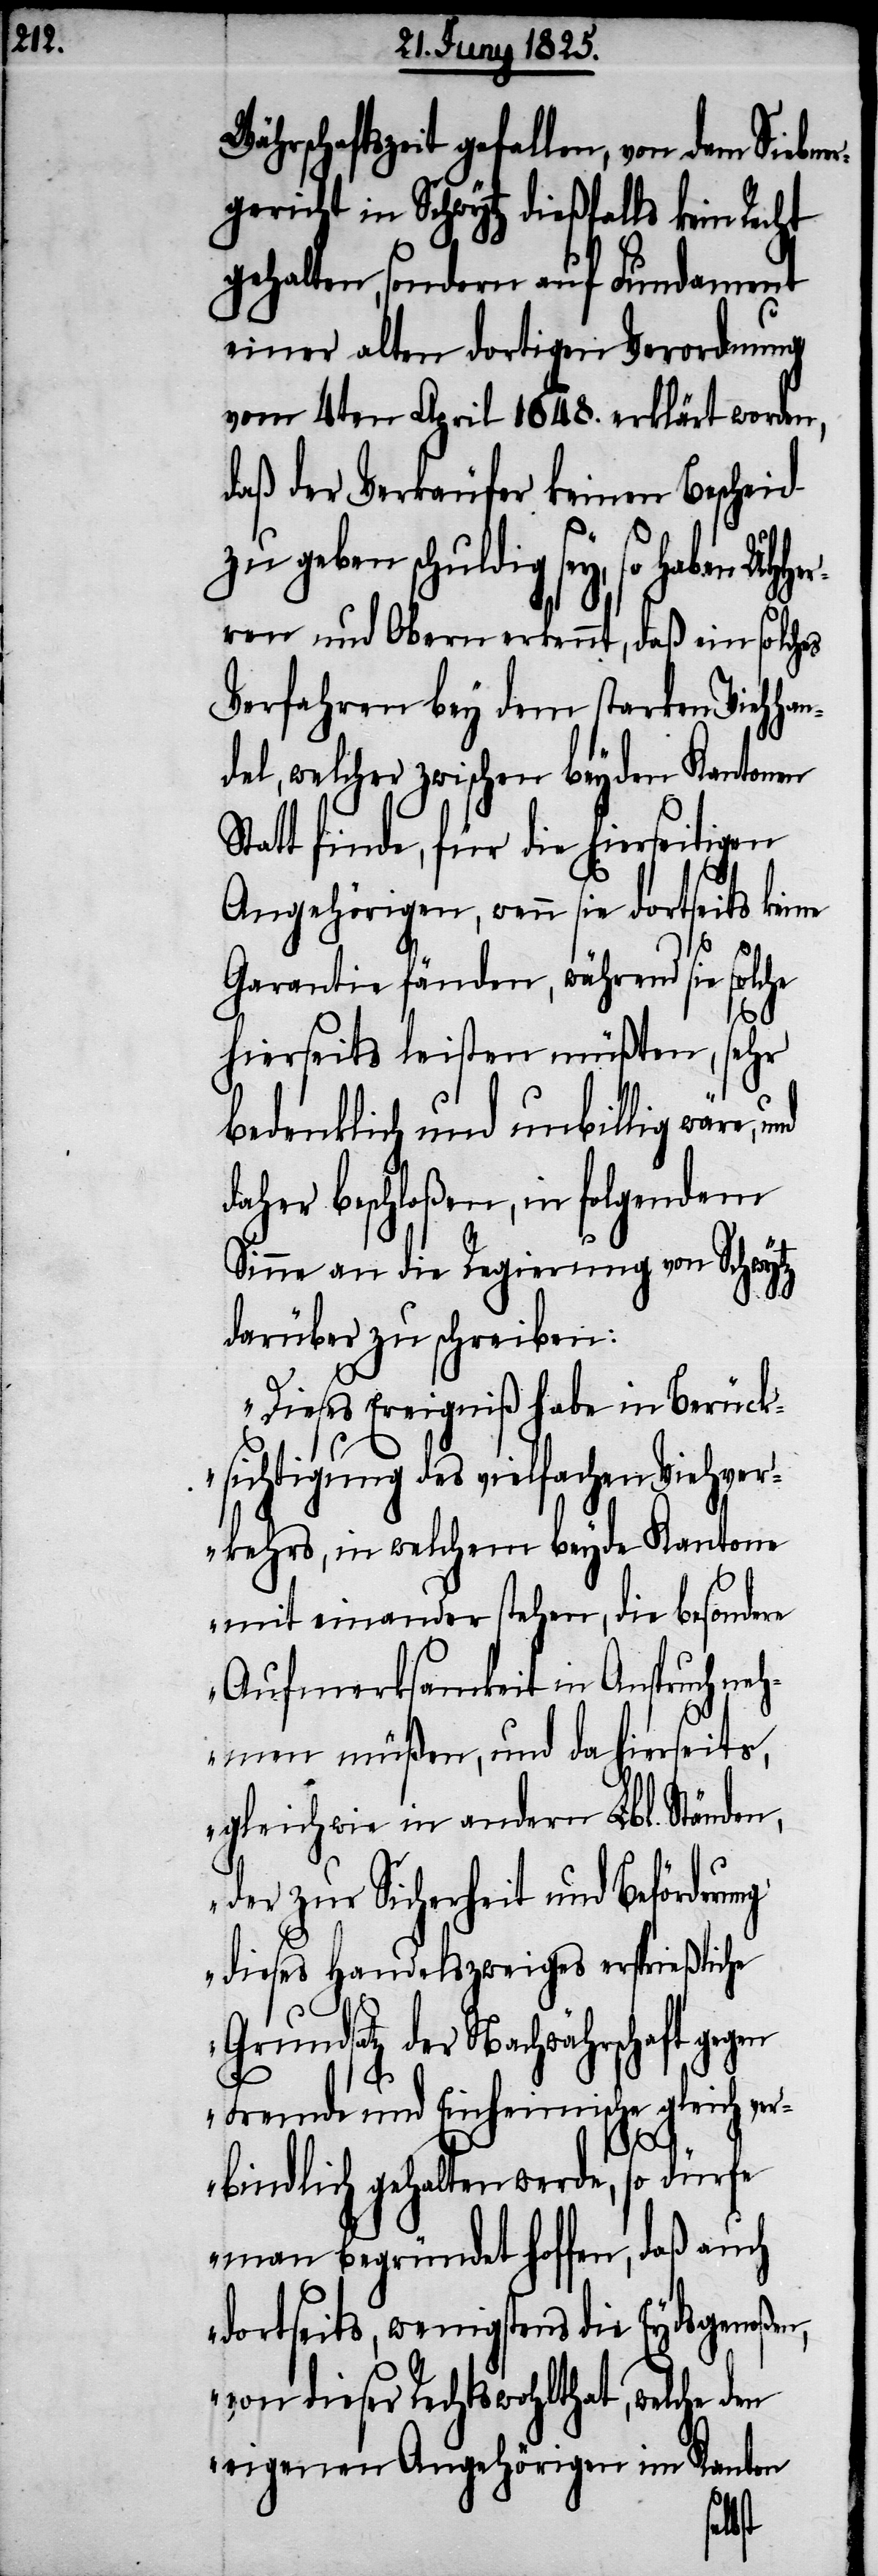
Währschaftszeit gefallen, von dem Siebn¬
gericht in Schwytz dießfalls kein Recht
gehalten, sondern auf Fundament
einer alten dortigen Verordnung
vom 4ten April 1648. erklärt worden,
daß der Verkäufer keinen Bescheid
geben schuldig sey, so haben
ren und Obern erkennt, daß ein solches
Verfahren bey dem starken Viehhan¬
del, welcher zwischen beyden Kantonen
Statt finde, für die hierseitigen
Angehörigen, wenn sie dortseits keine
Garantie fänden, während sie sol¬
che
hierseits leisten müßten, sehr
bedenklich und unbillig wäre,
daher beschloßen, in folgendem
Sinne an die Regierung von Schwytz
darüber zu schreiben:
„Dieses Ereigniß habe in Berück¬
sichtigung des vielfachen Viehver¬
kehrs, in welchem beyde Kantone
mit einander stehen, die besondere
Aufmerksamkeit in Anspruch neh¬
men müßen, und da hierseits,
gleichwie in andern Lbl. Ständen,
der zur Sicherheit und Beförderu¬
ng dieses Handelszweiges ersprießliche
Grundsatz der Nachwährschaft geg¬
Fremde und Einheimische gleich ver¬
bindlich gehalten werde, so dürfe
man begründet hoffen, daß auch
dortseits, wenigstens die Eydsgenoßen,
von dieser Rechtswohlthat, welche den
eigenen Angehörigen im Kanton
en